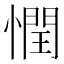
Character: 𢡞